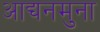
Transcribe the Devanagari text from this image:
आद्यनमुना